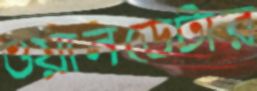
ওয়ানডেটার